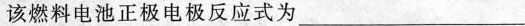
该燃料电池正极电极反应式为___